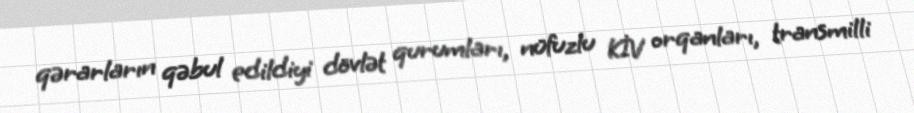
qərarların qəbul edildiyi dövlət qurumları, nüfuzlu KİV orqanları, transmilli